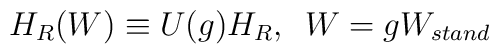
H_{R}(W)\equiv U(g)H_{R},\,\,\,W=gW_{stand}